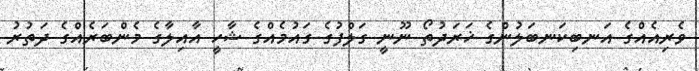
ވެރިއެއްގެ އަނބިކަނބަލުންގެ ޚަރަދުތޯ ނޫނީ ގަލްފުގެ ގައުމެއްގެ ޝާހީ އާއިލާގެ މެންބަރެއްގެ ދަތުރު